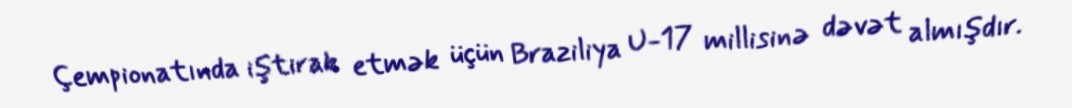
Çempionatında iştirak etmək üçün Braziliya U-17 millisinə dəvət almışdır.